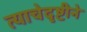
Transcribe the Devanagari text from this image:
त्याचेदृष्टीने